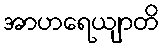
အာဟရေယျာတိ